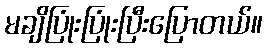
မချိပြုံးပြုံးပြီးပြောတယ်။